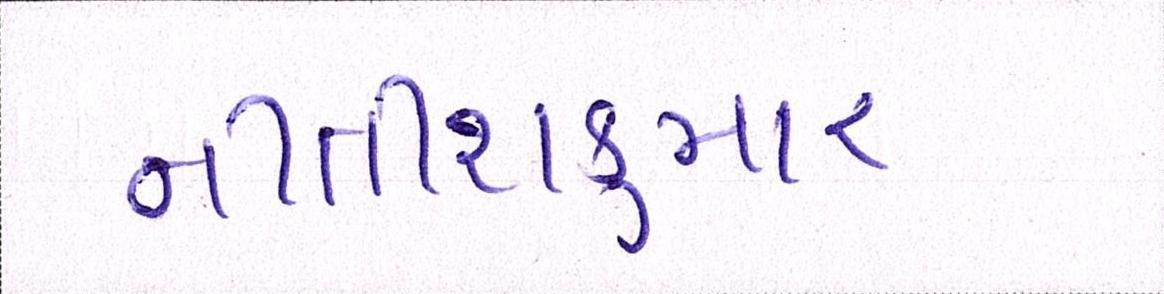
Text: નીતીશકુમાર